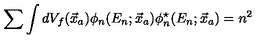
\sum \int d V _ { f } ( \vec { x } _ { a } ) \phi _ { n } ( E _ { n } ; \vec { x } _ { a } ) \phi _ { n } ^ { \star } ( E _ { n } ; \vec { x } _ { a } ) = n ^ { 2 }